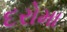
દરોમા